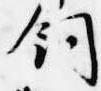
飼